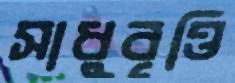
সাধুবৃত্তি